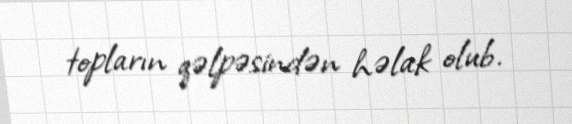
topların qəlpəsindən həlak olub.